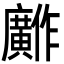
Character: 𫸋